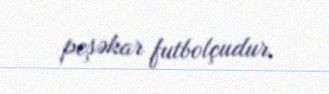
peşəkar futbolçudur.